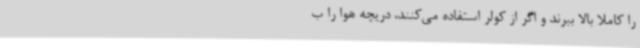
را کاملا بالا ببرند و اگر از کولر استفاده می‌کنند، دریچه هوا را ب